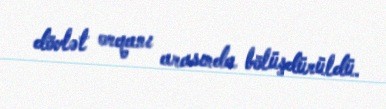
dövlət orqanı arasında bölüşdürüldü.